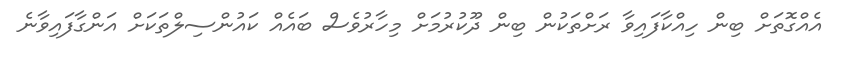
އެއްގޮތަށް ބިން ހިއްކާފައިވާ ރަށްތަކުން ބިން ދޫކުރުމަށް މިހާރުވެސް ބައެއް ކައުންސިލްތަކަށް އަންގާފައިވާނެ